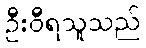
ဦးဝီရသူသည်